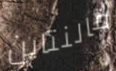
فالنتاين